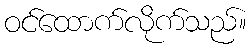
ဝင်ထောက်လိုက်သည်။